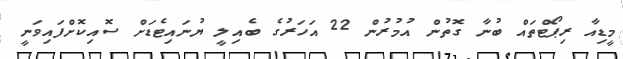
މީޑިއާ ރިޕޯޓްތައް ބުނާ ގޮތުން އުމުރުން 22 އަހަރުގެ ބެއިލީ ޔުނައިޓެޑަށް ސޮއިކޮށްފައިވަނީ